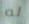
له